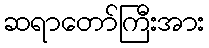
ဆရာတော်ကြီးအား